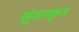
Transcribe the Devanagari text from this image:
सुंसस्कृत